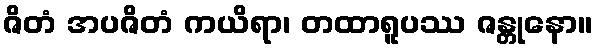
ဇိတံ အပဇိတံ ကယိရာ၊ တထာရူပဿ ဇန္တုနော။